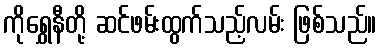
ကိုရွှေနီတို့ ဆင်ဖမ်းထွက်သည့်လမ်း ဖြစ်သည်။